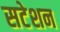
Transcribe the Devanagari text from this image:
सटेशन